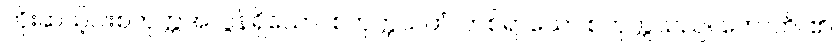
ကိုးဆယ့်ငါးစတုက္ကအလွန်ရှိသော။ စတုက္ကသတံ၊ တစ်ရာသော စတုက္ကသည်။ ဟောတိ၊ ၏။